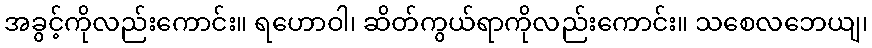
အခွင့်ကိုလည်းကောင်း။ ရဟောဝါ၊ ဆိတ်ကွယ်ရာကိုလည်းကောင်း။ သစေလဘေယျ၊